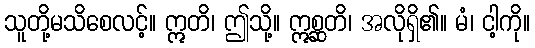
သူတို့မသိစေလင့်။ ဣတိ၊ ဤသို့။ ဣစ္ဆတိ၊ အလိုရှိ၏။ မံ၊ ငါ့ကို။